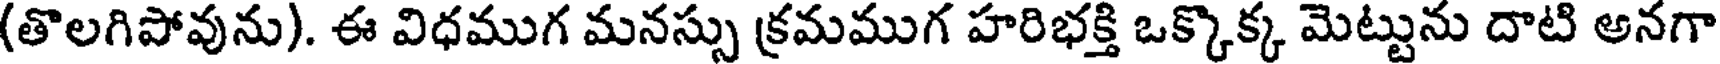
(తొలగిపోవును). ఈ విధముగ మనస్సు క్రమముగ హరిభక్తి ఒక్కొక్క మెట్టును దాటి అనగా